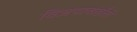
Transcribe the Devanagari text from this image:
विजयाबाईंची